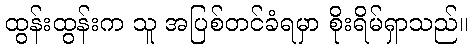
ထွန်းထွန်းက သူ အပြစ်တင်ခံရမှာ စိုးရိမ်ရှာသည်။